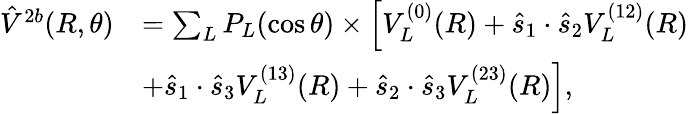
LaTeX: \begin{array}{rl}{\hat{V}^{2b}(R,\theta)}&{=\sum_{L}P_{L}(\cos\theta)\times\Big[V_{L}^{(0)}(R)+\hat{s}_{1}\cdot\hat{s}_{2}V_{L}^{(12)}(R)}\\ &{+\hat{s}_{1}\cdot\hat{s}_{3}V_{L}^{(13)}(R)+\hat{s}_{2}\cdot\hat{s}_{3}V_{L}^{(23)}(R)\Big],}\end{array}